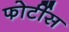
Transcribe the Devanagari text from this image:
फोर्टीस